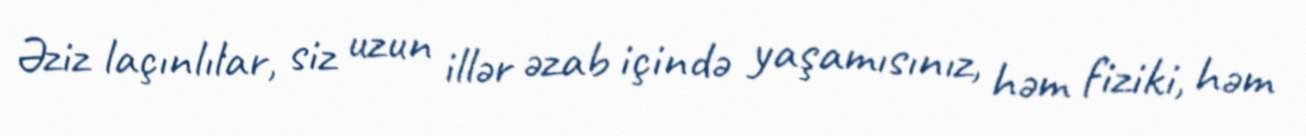
Əziz laçınlılar, siz uzun illər əzab içində yaşamısınız, həm fiziki, həm